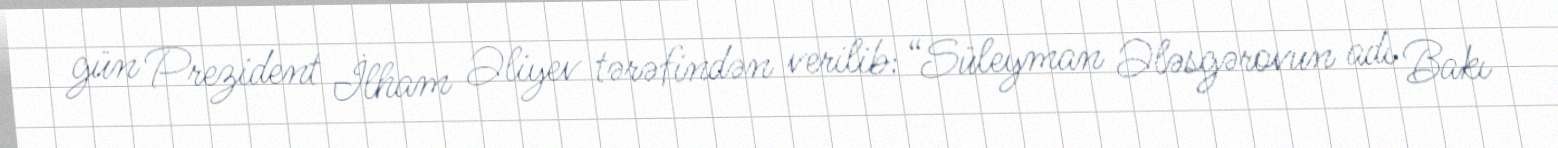
gün Prezident İlham Əliyev tərəfindən verilib: “Süleyman Ələsgərovun adı Bakı